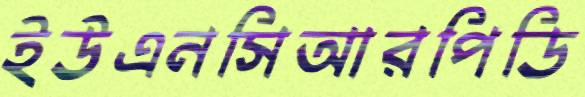
ইউএনসিআরপিডি